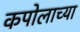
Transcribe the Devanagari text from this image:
कपोलाच्या